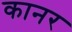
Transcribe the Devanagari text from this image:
कानर